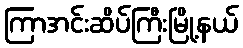
ကြာအင်းဆိပ်ကြီးမြို့နယ်